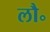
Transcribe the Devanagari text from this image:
लौ॰